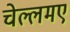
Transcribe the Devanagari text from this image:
चेल्लमए